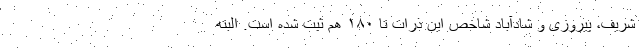
شریف، پیروزی و شادآباد شاخص این ذرات تا ۱۸۰ هم ثبت شده است. البته